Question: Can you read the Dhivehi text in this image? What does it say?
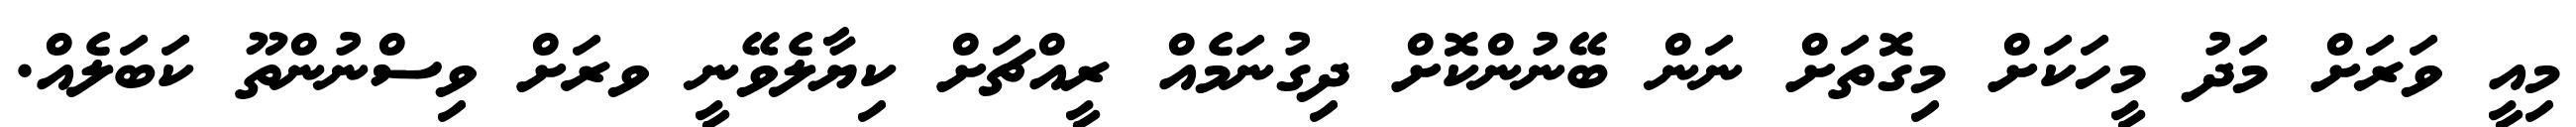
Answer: މިއީ ވަރަށް މަދު މީހަކަށް މިގޮތަށް ނަން ބޭނުންކޮށް ދިގުނަމެއް ރީއްޗަށް ކިޔާލެވޭނީ ވރަށް ވިސްނުންތޫ ކަބަލެއް.